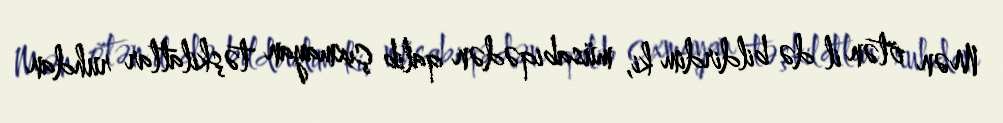
Mən ötən il də bildirdim ki, müsabiqədən qalib çıxmayan təşkilatlar ruhdan